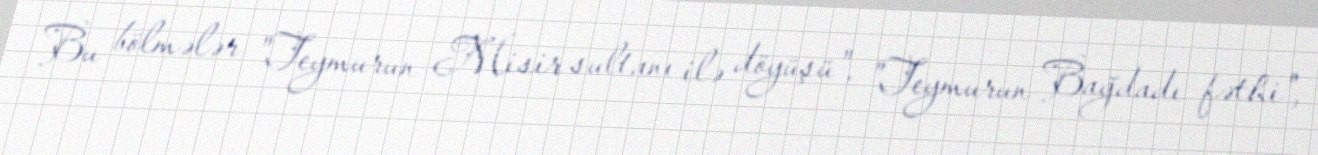
Bu bölmələr "Teymurun Misir sultanı ilə döyüşü", "Teymurun Bağdadı fəthi",